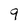
Character: 9